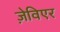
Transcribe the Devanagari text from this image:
ज़ेविएर